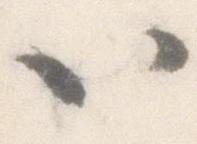
以